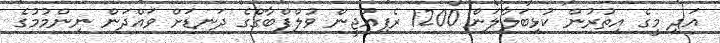
އަދި މީގެ އިތުރުން ކުޅިބަލާލަން 1200 ރެފިއުޖީން ވުލްފްބާގްގެ ދަނޑަށް ވައްދަން ނިންމުމުގެ